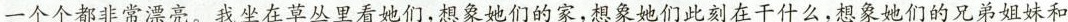
一个个都非常漂亮。我坐在草丛里看她们，想象她们的家，想象她们此刻在干什么，想象她们的兄弟姐妹和